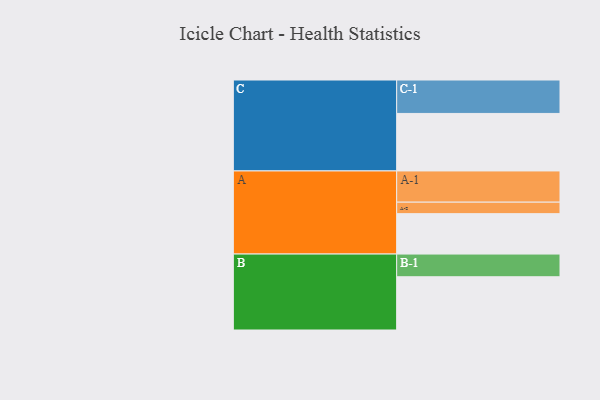
{"axis": {"x": "Segment", "y": "Value"}, "legend": ["", "A", "B", "C"], "data": [{"x": "A", "y": 361, "type": ""}, {"x": "B", "y": 476, "type": ""}, {"x": "C", "y": 514, "type": ""}, {"x": "A-1", "y": 279, "type": "A"}, {"x": "A-2", "y": 103, "type": "A"}, {"x": "B-1", "y": 203, "type": "B"}, {"x": "C-1", "y": 299, "type": "C"}]}